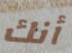
أنك